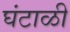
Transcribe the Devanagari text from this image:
घंटाळी